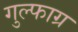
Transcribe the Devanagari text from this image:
गुल्फाग्र